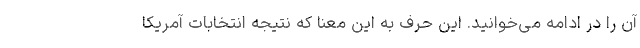
آن را در ادامه می‌خوانید. این حرف به این معنا که نتیجه انتخابات آمریکا